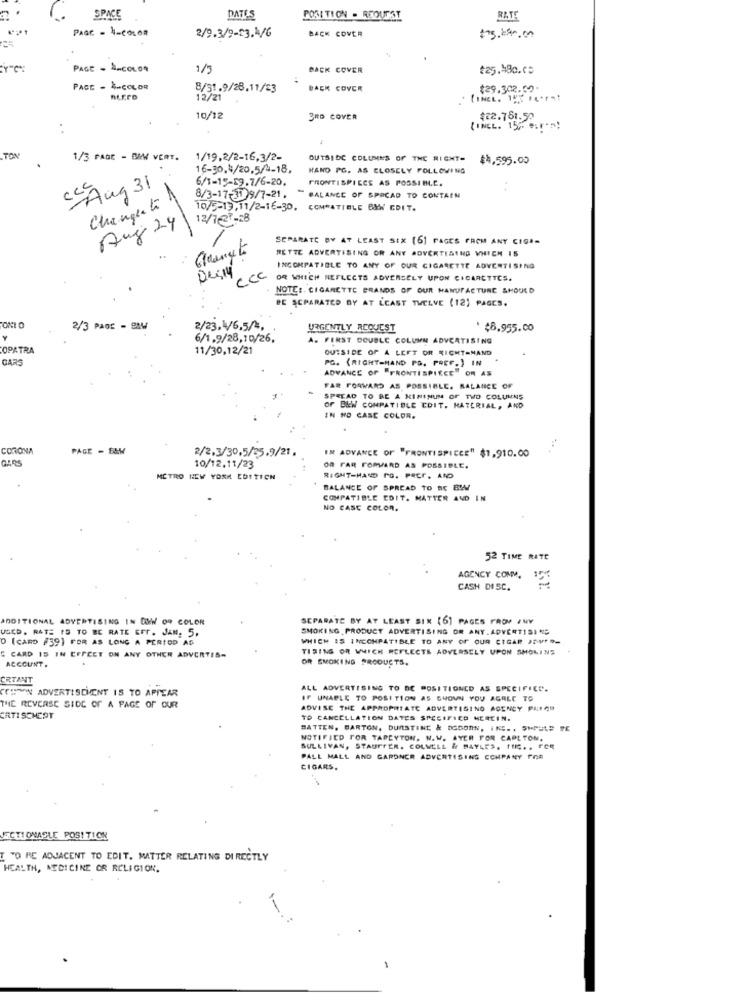
SPACE
DATES
POSITION - REOUEST
RATE
PAGE - À-COLOR
2/9.3/9-23.1/G
BACK COVER
PAGE - À-COLOR
1/5
BACK COVER
t25.48c.ca
PACE - 4-COLOR
8/31.9/28.11/23
BACK COVER
$29.302.50
ALEED
12/21
10/12
3RD COVER
$22.751.50
(INCL. 15 .. ":" ?!
TON
1/3 PAGE - BAM VERT.
1/19,2/2-16,3/2-
OUTSIDE COLUMNS OF THE RIGHT=
$4,595.00
16-30.4/20.5/4-18.
HAND PG. AS CLOSELY FOLLOWING
6/1-15-29.7/6-20,
FRONTISPIECE AS POSSIBLE.
cAug 31
8/3-17-31)9/7-21.
BALANCE OF SPREAD TO CONTAIN
Change to
10/5-19,11/2-16-30, COMPATIBLE BMW EDIT.
Aug 24
12/7627-28
SEPARATE BY AT LEAST SIX [6] PAGES FROM ANY CIGA-
RETTE ADVERTISING OR ANY ADVERTISING WHICH IS
INCOMPATIBLE TO ANY OF OUR CIGARETTE ADVERTISING
CCC
OR WHICH REFLECTS ADVERSELY UPON CIGARETTES.
NOTE :. CIGARETTE BRANDS OF OUR MANUFACTURE SHOULD
BE SEPARATED BY AT LEAST TWELVE (12) PAGES.
2/3 PAGE - BMW
2/23, \/6.5/4,
URGENTLY REQUEST
' $8.955.00
6/1.9/28,10/26.
FIRST DOUBLE COLUMN ADVERTISING
OPATRA
11/30,12/21
OUTSIDE OF A LEFT OR SICHT-MAND
CAR
PG. (RIGHT-HAND PS. PREF.) IN
ADVANCE OF "FRONTISPIECE" OR AS
FAR FORWARD AS POSSIBLE. BALANCE OF
SPREAD TO BE A KININUM OF TWO COLUMNS
or B&W COMPATIBLE EDIT. MATERIAL, AND
IN NO CASE COLOR.
CORONA
PAGE - BAW
IN ADVANCE OF "FRONTISPIECE" $1,910.00
2/2.3/30.5/35.9/21.
10/12.11/23
OR FAR FORWARD AS POSSIBLE.
MÉTRO NEW YORK EDITICH
RIGHT-HAND PO. PREF, AND
BALANCE OF SPREAD TO BE BW
COMPATIBLE EDIT. MATTER AND IN
NO CASC COLOR.
52 TIME RATE
AGENCY COMM.
CASH DISC.
ADDITIONAL ADVERTISING IN DOW 09 COLOR
SEPARATE BY AT LEAST SIX [6] PAGES FROM INY
USED. RATE IS TO BE RATE EFF. JAN. 5.
SMOKING PRODUCT ADVERTISING OR ANY. ADVERTISING
D [CARD #39) FOR AS LONG A PERIOD AG
WHICH IS INCOMPATIBLE TO ANY OF OUR CIGAR PO-
TISING OR WHICH REFLECTE ADVERSELY UPON SHOLINS
CARD 15 IN EFFECT ON ANY OTHER ADVERTIS-
ACCOUNT.
OR SMOKING PRODUCTS.
CRTANT
CHMAN ADVERTISEMENT IS TO APPEAR
ALL ADVERTISING TO DE POSITIONED AS SPECIFIED.
IF UNABLE TO POSITION AS SHOWN YOU AGREE TO
THE REVERSE SIDE OF A PAGE OF OUR
ADVISE THE APPROPRIATE ADVERTISING AGENCY PARCS
ERTI SCHEPT
TO CANCELLATION DATES SPECIFICO HEREIN.
BATTEN. BARTON, DURSTINE & DGBONN, INC ., SHOULD TE
NOTIFIED FOR TAPEYTON. N.W. AYER FOR CAPL TON.
SULLIVAN, STAUFFER. COLMELL & MAYLES, INC ., FOR
PALL MALL AND GARDNER ADVERTISING COMPANY POR
CIGARS.
JECTI ONASLE POSITION
[ TO RE ADJACENT TO EDIT. MATTER RELATING DIRECTLY
HEALTH, MEDICINE OR RELIGION.